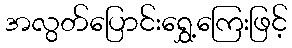
အလွတ်ပြောင်းရွှေ့ကြေးဖြင့်